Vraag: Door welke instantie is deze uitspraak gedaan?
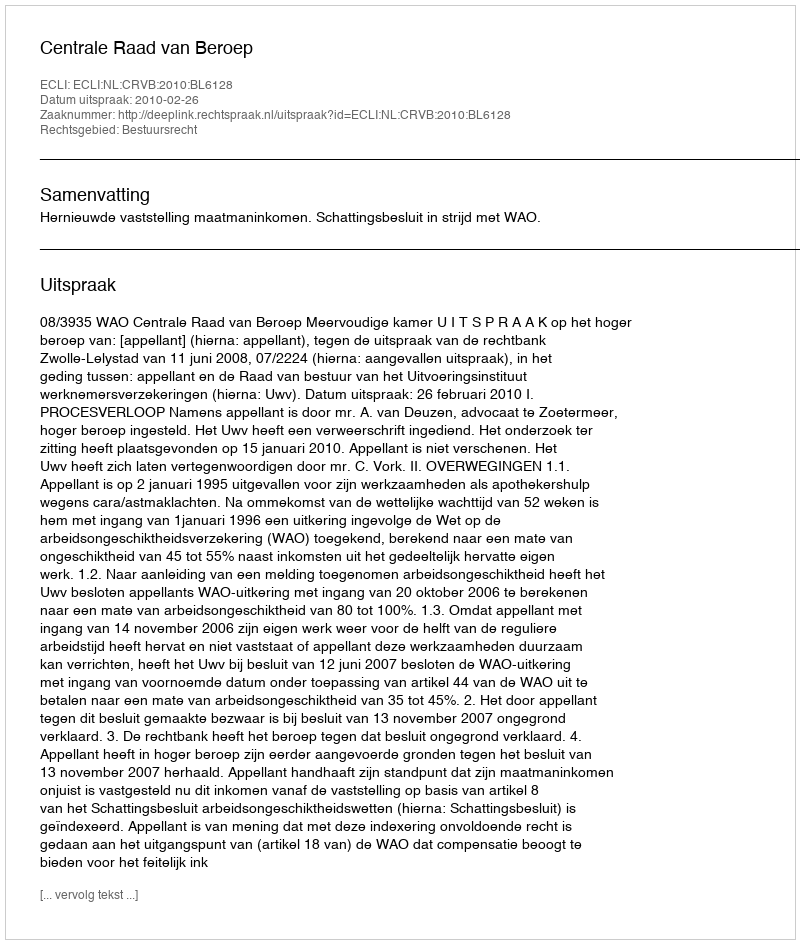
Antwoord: Centrale Raad van Beroep